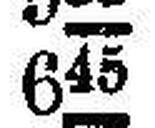
645